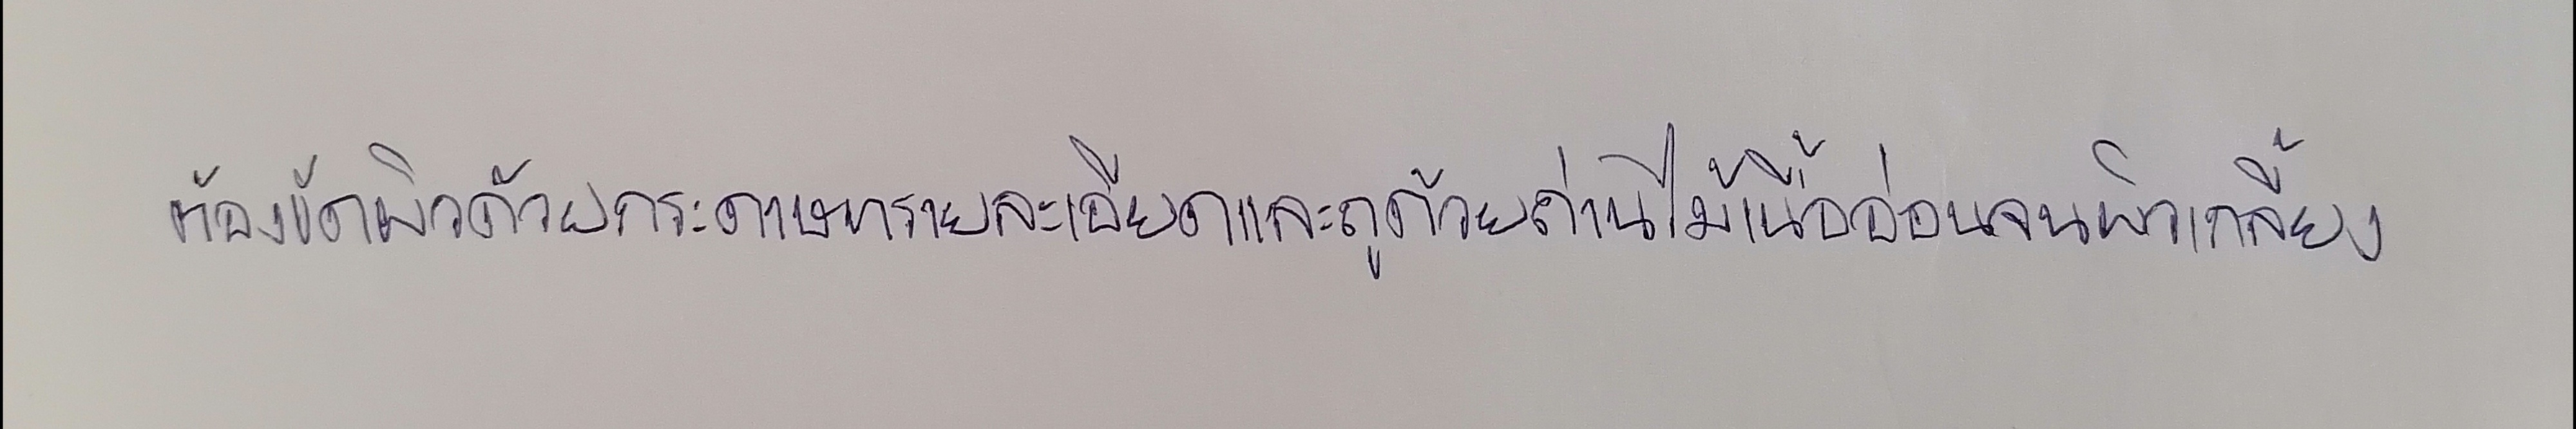
ต้องขัดผิวด้วยกระดาษทรายละเอียดและถูด้วยถ่านไม้เนื้ออ่อนจนผิวเกลี้ยง